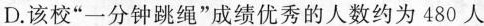
D.该校“一分钟跳绳“成绩优秀的人数约为480人